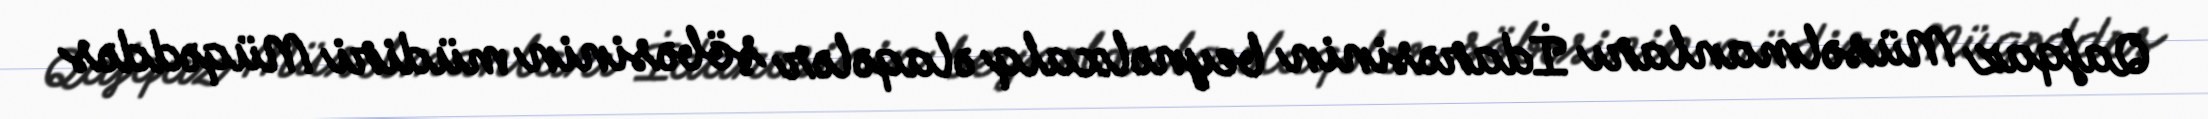
Qafqaz Müsəlmanları İdarəsinin beynəlxalq əlaqələr şöbəsinin müdiri Müqəddəs